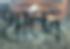
খান্দ